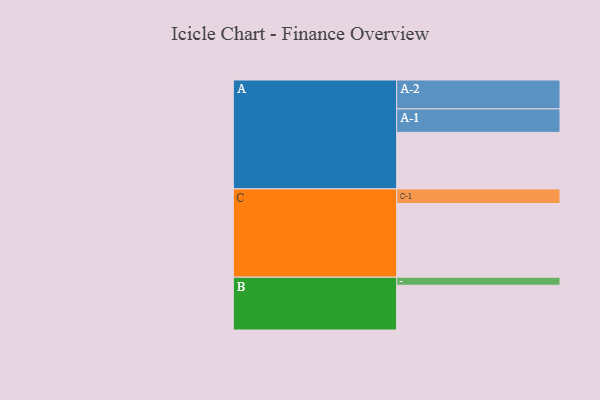
{"axis": {"x": "Segment", "y": "Value"}, "legend": ["", "A", "B", "C"], "data": [{"x": "A", "y": 424, "type": ""}, {"x": "B", "y": 336, "type": ""}, {"x": "C", "y": 553, "type": ""}, {"x": "A-1", "y": 176, "type": "A"}, {"x": "A-2", "y": 217, "type": "A"}, {"x": "B-1", "y": 60, "type": "B"}, {"x": "C-1", "y": 110, "type": "C"}]}